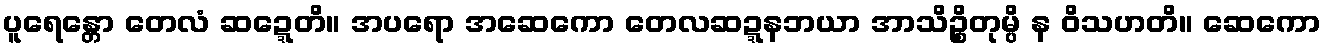
ပူရေန္တော တေလံ ဆဍ္ဍေတိ။ အပရော အဆေကော တေလဆဍ္ဍနဘယာ အာသိဉ္စိတုမ္ပိ န ဝိသဟတိ။ ဆေကော